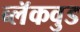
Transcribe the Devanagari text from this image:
ब्लॅकवुड